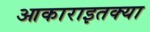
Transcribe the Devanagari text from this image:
आकाराइतक्या